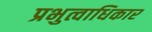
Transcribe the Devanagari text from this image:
प्रभुत्वाधिकार